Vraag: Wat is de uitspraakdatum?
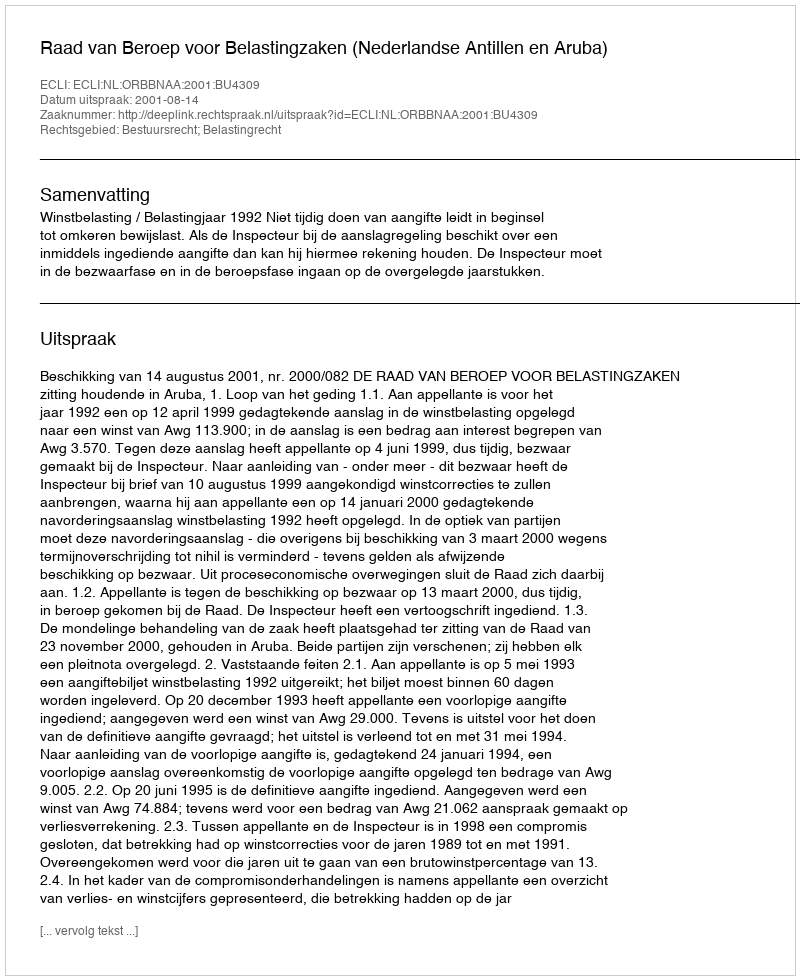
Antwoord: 2001-08-14